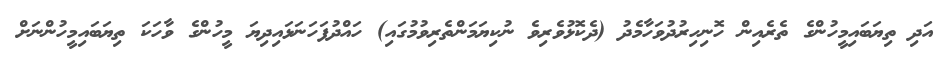
އަދި ތިޔަބައިމީހުންގެ ތެރެއިން ހޮނިހިރުދުވަހާމެދު (ދެކޮޅުވެރިވެ ނުކިޔަމަންތެރިވުމުގައި) ހައްދުފަހަނަޅައިދިޔަ މީހުންގެ ވާހަކަ ތިޔަބައިމީހުންނަށް